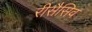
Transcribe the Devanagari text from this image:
रीसैसिव